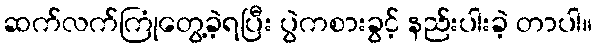
ဆက်လက်ကြုံတွေ့ခဲ့ရပြီး ပွဲကစားခွင့် နည်းပါးခဲ့ တာပါ။